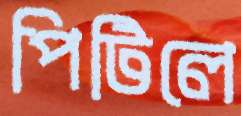
পিটিলে